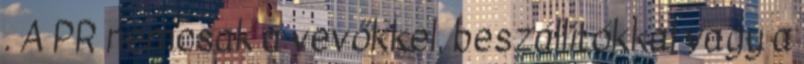
. A PR nemcsak a vevőkkel, beszállítókkal vagy a